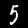
Label: 5